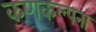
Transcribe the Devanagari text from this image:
कणकल्पना